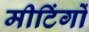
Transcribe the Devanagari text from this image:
मीटिंगों